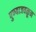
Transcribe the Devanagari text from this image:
पुण्याजवळून